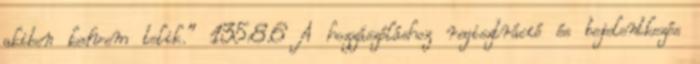
akiben kedvem telik.” 135:8.6 A hozzászóláshoz regisztráció és bejelentkezés